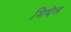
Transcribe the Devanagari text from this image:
मिथेल